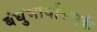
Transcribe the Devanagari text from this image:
बंधुभार्यासंपर्क